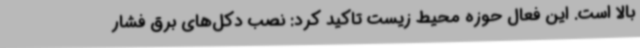
بالا است. این فعال حوزه محیط زیست تاکید کرد: نصب دکل‌های برق فشار